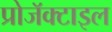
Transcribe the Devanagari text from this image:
प्रोजॅक्टाइल